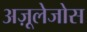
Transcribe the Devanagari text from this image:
अज़ूलेजोस